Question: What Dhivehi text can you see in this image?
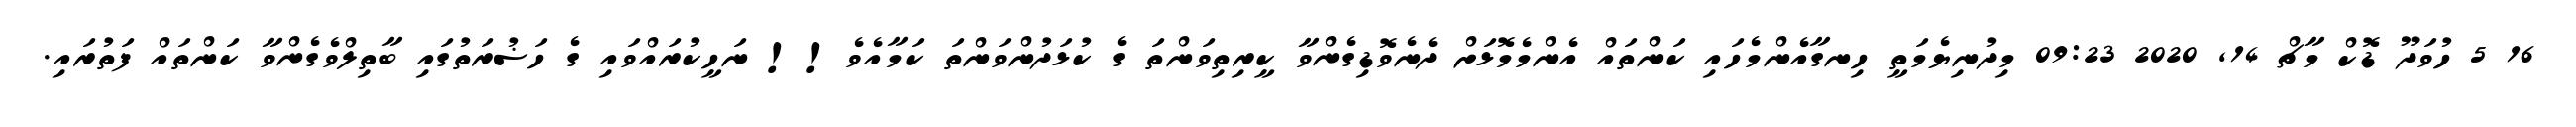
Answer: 16 5 ހުވަދޫ ޑޮކް މާޗް 14, 2020 09:23 މިދުނިޔެމަތީ ހިނގާއެންމެހައި ކަންތައް އެންމެމޮޅަށް ދެނެވޮޑިގެންވާ ކީރިތިވަންތަ ގެ ކުޅަދުންވަންތަ ކަމާއެވެ!! ނަހީކުރައްވައި ގެ ހަޟުރަތުގައި ބާތިލްވެގެންވާ ކަންތައް ފަތުރައި.